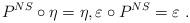
LaTeX: \begin{align*}P^{NS}\circ\eta=\eta , \varepsilon\circ P^{NS}=\varepsilon \ . \end{align*}